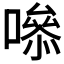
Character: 𭋁